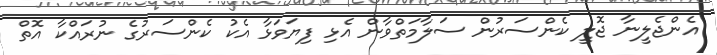
އެންޖެލީނާ ޖޮލީ ކެންސަރުން ސަލާމަތްވާން އެޅި ފިޔަވަޅާ އެކު ކެންސަރުގެ ނުރައްކާ އޮތް